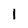
Character: 1